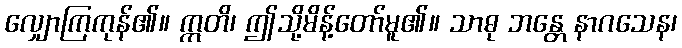
လျှောကြကုန်၏။ ဣတိ၊ ဤသို့မိန့်တော်မူ၏။ သာဓု ဘန္တေ နာဂသေန၊